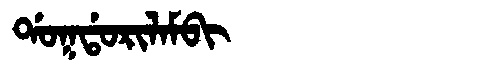
Manchu: ᡩᠣᡴᡩᠣᡵᡳᠯᠠᠮᠪᡳ
Romanization: DOKDORILAMBI